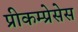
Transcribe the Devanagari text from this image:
प्रीकम्प्रेसेस